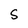
Character: S